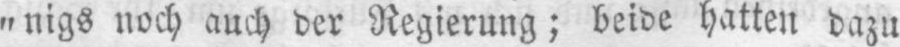
„nigs noch auch der Regierung; beide hatten dazu